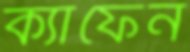
ক্যাফেন